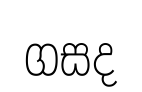
ගසද